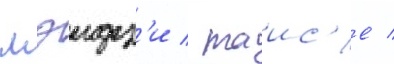
мэидз'и / таис'е /